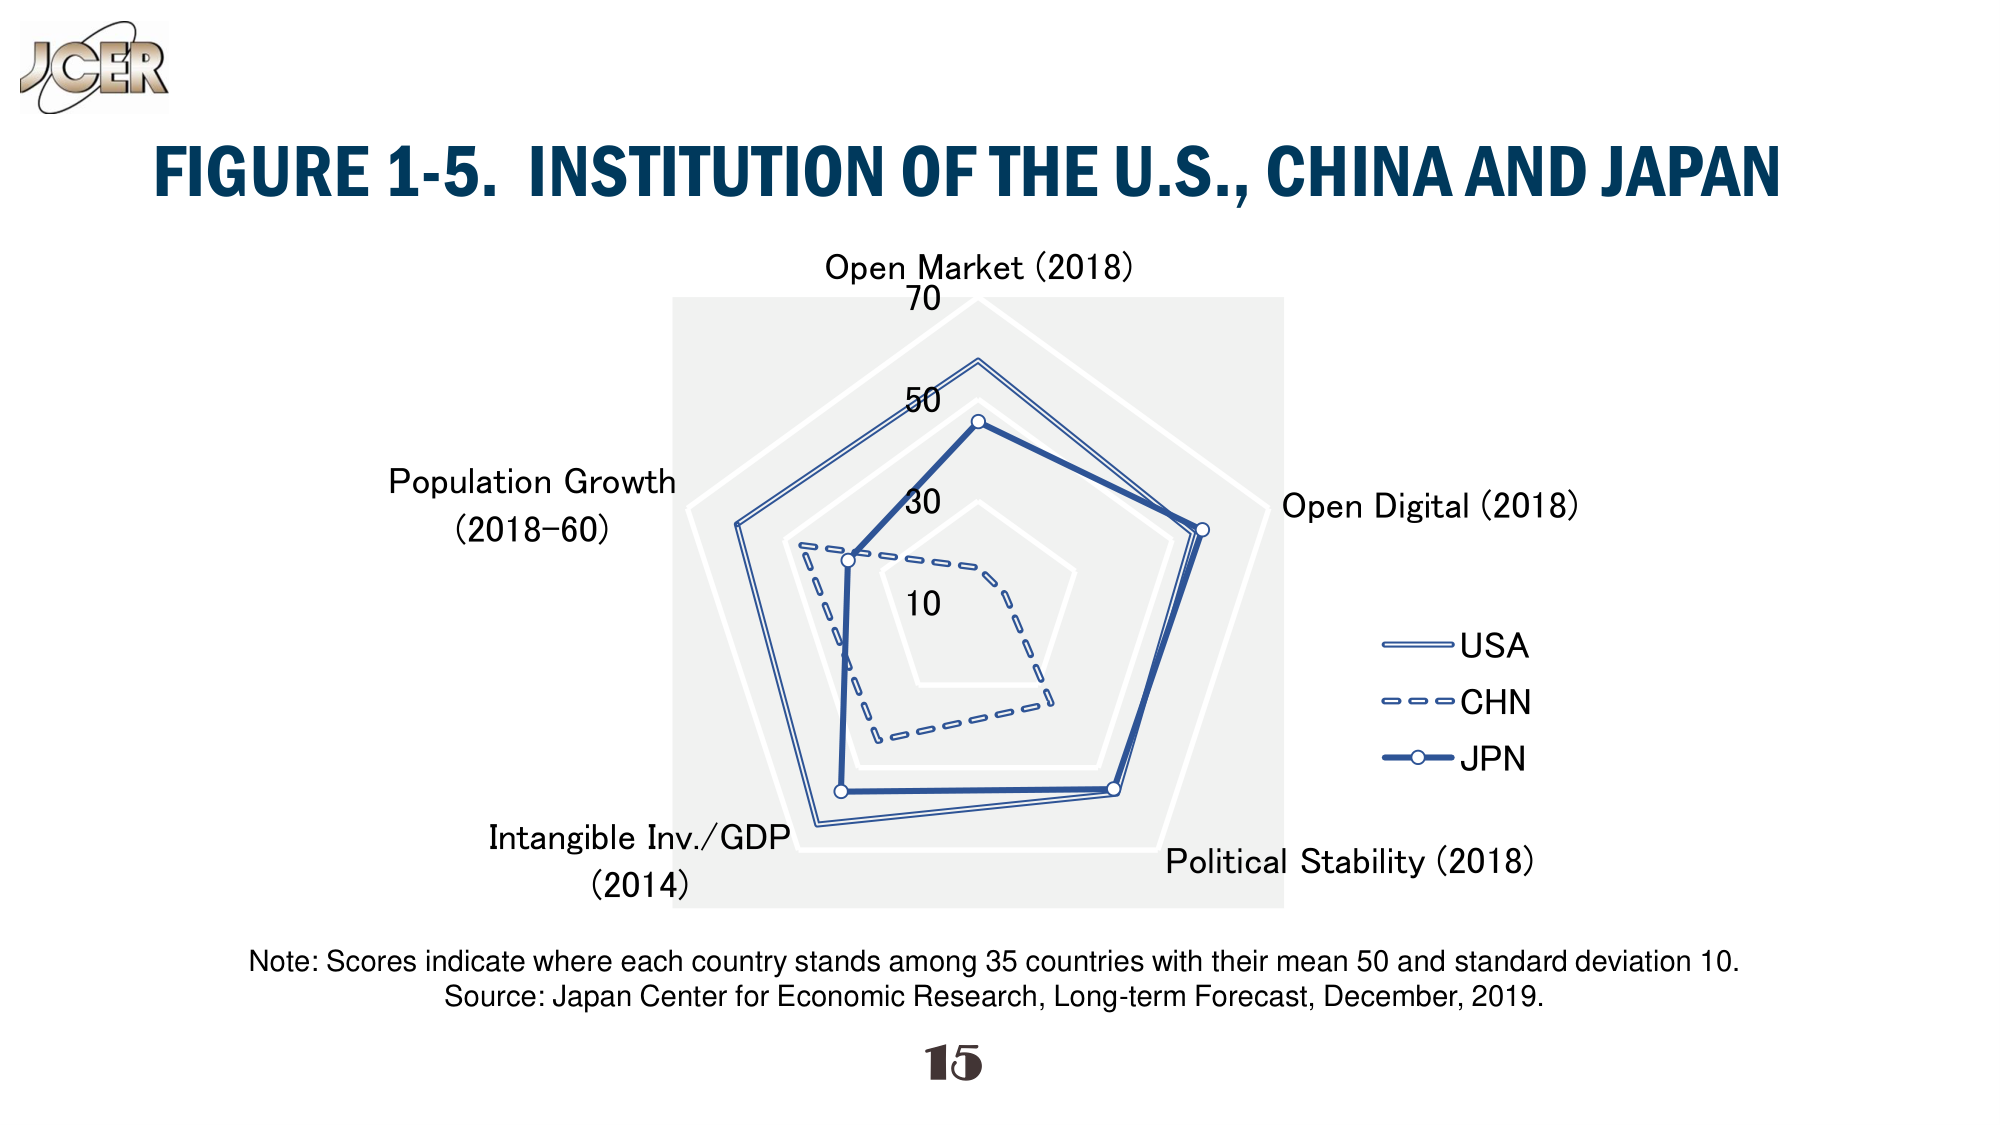
JCR
FIGURE 1-5. INSTITUTION OF THE U.S., CHINA AND JAPAN
Open Market (2018)
70
50
30
10
Population Growth
(2018-60)
Open Digital (2018)
USA
CHN
JPN
Intangible Inv./GDP
(2014)
Political Stability (2018)
Note: Scores indicate where each country stands among 35 countries with their mean 50 and standard deviation 10.
Source: Japan Center for Economic Research, Long-term Forecast, December, 2019.
15